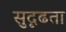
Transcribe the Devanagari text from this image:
सुदृढता